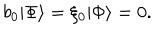
b _ { 0 } | \Phi \rangle = \xi _ { 0 } | \Phi \rangle = 0 .